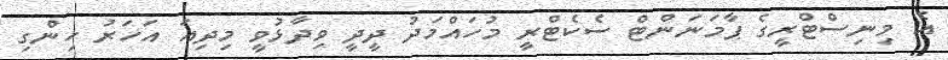
އެ މިނިސްޓްރީގެ ޕާމަނަންޓް ސެކެޓްރީ މުހައްމަދު ދީދީ ވިދާޅުވީ މިދިއަ އަހަރު ހިންގި